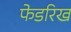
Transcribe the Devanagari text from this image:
फेडरिख